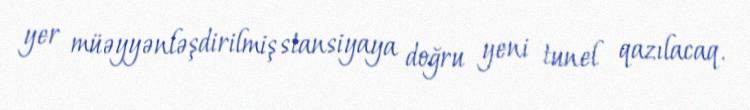
yer müəyyənləşdirilmiş stansiyaya doğru yeni tunel qazılacaq.